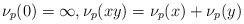
LaTeX: \begin{align*}\nu_p(0) =\infty,\nu_p(xy) =\nu_p(x)+\nu_p(y)\end{align*}